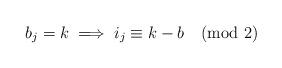
LaTeX: \begin{align*}b_j=k\implies i_j\equiv k-b\pmod2\end{align*}